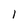
Character: 1